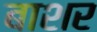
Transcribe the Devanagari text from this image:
बाशर